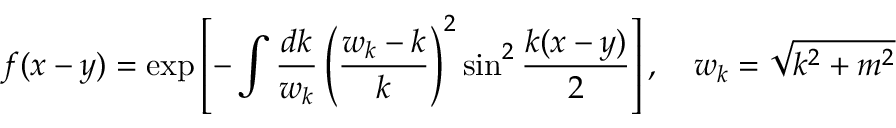
f ( x - y ) = \exp \left[ - \int \frac { d k } { w _ { k } } \left( \frac { w _ { k } - k } k \right) ^ { 2 } \sin ^ { 2 } \frac { k ( x - y ) } 2 \right] , \quad w _ { k } = \sqrt { k ^ { 2 } + m ^ { 2 } }